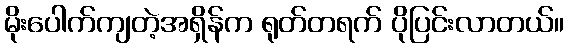
မိုးပေါက်ကျတဲ့အရှိန်က ရုတ်တရက် ပိုပြင်းလာတယ်။